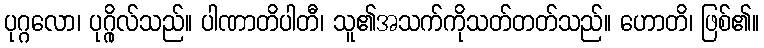
ပုဂ္ဂလော၊ ပုဂ္ဂိုလ်သည်။ ပါဏာတိပါတီ၊ သူ၏အသက်ကိုသတ်တတ်သည်။ ဟောတိ၊ ဖြစ်၏။